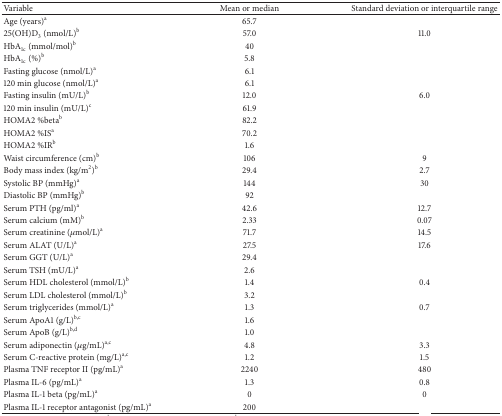
<table><thead><tr><td><b>Variable</b></td><td><b>Mean or median</b></td><td><b>Standard deviation or interquartile range</b></td></tr></thead><tbody><tr><td>Age (years)<sup>a</sup></td><td>65.7</td><td>[EMPTY_CELL]</td></tr><tr><td>25(OH)D<sub>3</sub> (nmol/L)<sup>b</sup></td><td>57.0</td><td>11.0</td></tr><tr><td>HbA<sub>1c</sub> (mmol/mol)<sup>b</sup></td><td>40</td><td>[EMPTY_CELL]</td></tr><tr><td>HbA<sub>1c</sub> (%)<sup>b</sup></td><td>5.8</td><td>[EMPTY_CELL]</td></tr><tr><td>Fasting glucose (nmol/L)<sup>a</sup></td><td>6.1</td><td>[EMPTY_CELL]</td></tr><tr><td>120 min glucose (nmol/L)<sup>a</sup></td><td>6.1</td><td>[EMPTY_CELL]</td></tr><tr><td>Fasting insulin (mU/L)<sup>b</sup></td><td>12.0</td><td>6.0</td></tr><tr><td>120 min insulin (mU/L)<sup>c</sup></td><td>61.9</td><td>[EMPTY_CELL]</td></tr><tr><td>HOMA2 %beta<sup>b</sup></td><td>82.2</td><td>[EMPTY_CELL]</td></tr><tr><td>HOMA2 %IS<sup>a</sup></td><td>70.2</td><td>[EMPTY_CELL]</td></tr><tr><td>HOMA2 %IR<sup>b</sup></td><td>1.6</td><td>[EMPTY_CELL]</td></tr><tr><td>Waist circumference (cm)<sup>b</sup></td><td>106</td><td>9</td></tr><tr><td>Body mass index (kg/m<sup>2</sup>)<sup>b</sup></td><td>29.4</td><td>2.7</td></tr><tr><td>Systolic BP (mmHg)<sup>a</sup></td><td>144</td><td>30</td></tr><tr><td>Diastolic BP (mmHg)<sup>b</sup></td><td>92</td><td>[EMPTY_CELL]</td></tr><tr><td>Serum PTH (pg/ml)<sup>a</sup></td><td>42.6</td><td>12.7</td></tr><tr><td>Serum calcium (mM)<sup>b</sup></td><td>2.33</td><td>0.07</td></tr><tr><td>Serum creatinine (<i>μ</i>mol/L)<sup>a</sup></td><td>71.7</td><td>14.5</td></tr><tr><td>Serum ALAT (U/L)<sup>a</sup></td><td>27.5</td><td>17.6</td></tr><tr><td>Serum GGT (U/L)<sup>a</sup></td><td>29.4</td><td>[EMPTY_CELL]</td></tr><tr><td>Serum TSH (mU/L)<sup>a</sup></td><td>2.6</td><td>[EMPTY_CELL]</td></tr><tr><td>Serum HDL cholesterol (mmol/L)<sup>b</sup></td><td>1.4</td><td>0.4</td></tr><tr><td>Serum LDL cholesterol (mmol/L)<sup>b</sup></td><td>3.2</td><td>[EMPTY_CELL]</td></tr><tr><td>Serum triglycerides (mmol/L)<sup>a</sup></td><td>1.3</td><td>0.7</td></tr><tr><td>Serum ApoA1 (g/L)<sup>b,c</sup></td><td>1.6</td><td>[EMPTY_CELL]</td></tr><tr><td>Serum ApoB (g/L)<sup>b,d</sup></td><td>1.0</td><td>[EMPTY_CELL]</td></tr><tr><td>Serum adiponectin (<i>μ</i>g/mL)<sup>a,c</sup></td><td>4.8</td><td>3.3</td></tr><tr><td>Serum C-reactive protein (mg/L)<sup>a,c</sup></td><td>1.2</td><td>1.5</td></tr><tr><td>Plasma TNF receptor II (pg/mL)<sup>a</sup></td><td>2240</td><td>480</td></tr><tr><td>Plasma IL-6 (pg/mL)<sup>a</sup></td><td>1.3</td><td>0.8</td></tr><tr><td>Plasma IL-1 beta (pg/mL)<sup>a</sup></td><td>0</td><td>0</td></tr><tr><td>Plasma IL-1 receptor antagonist (pg/mL)<sup>a</sup></td><td>200</td><td>[EMPTY_CELL]</td></tr></tbody></table>